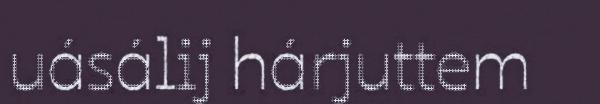
uásálij hárjuttem